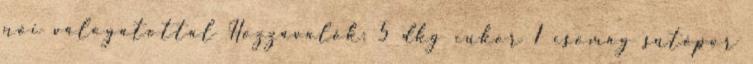
női válogatottal Hozzávalók: 5 dkg cukor 1 csomag sütőpor